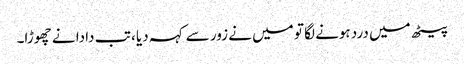
پیٹھ میں درد ہونے لگا تو میں نے زور سے کہہ دیا ، تب دادا نے چھوڑا۔